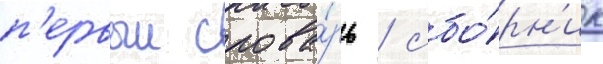
п'ервыи слова́рь / сбо́рн'ик